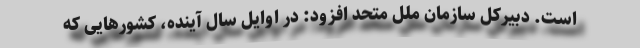
است. دبیرکل سازمان ملل متحد افزود: در اوایل سال آینده، کشورهایی که